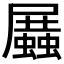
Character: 𧒝